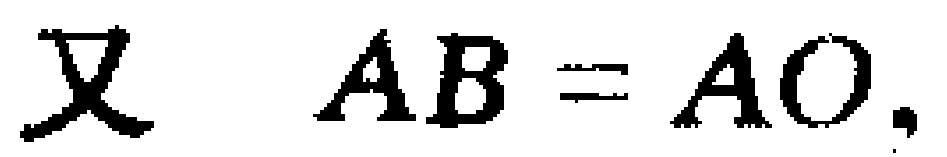
又 \(AB = AO,\)